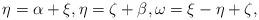
LaTeX: \begin{align*}\eta = \alpha + \xi, \eta = \zeta + \beta, \omega = \xi - \eta + \zeta,\end{align*}